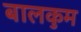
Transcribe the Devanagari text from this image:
बालकुम